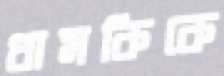
ধামকিকে